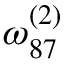
\omega _ { 8 7 } ^ { ( 2 ) }